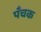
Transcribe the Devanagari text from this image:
पँचक